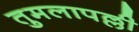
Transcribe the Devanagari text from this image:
तुमलापल्ली